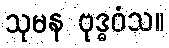
သုမန ဗုဒ္ဓဝံသ။